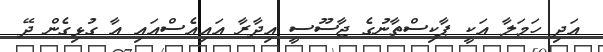
އަދި ހަމަލާ އަކީ ޕާކިސްތާނުގެ ޖާސޫސީ އިދާރާ އައިއެސްއައި އާ ގުޅިގެން ދޭ